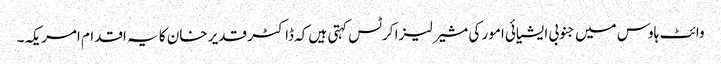
وائٹ ہاوس میں جنوبی ایشیائی امور کی مشیر لیزا کرٹس کہتی ہیں کہ ڈاکٹر قدیر خان کا یہ اقدام امریکہ۔